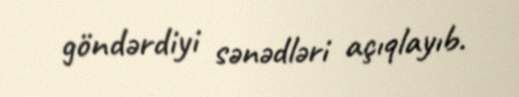
göndərdiyi sənədləri açıqlayıb.